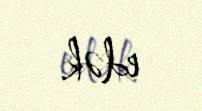
edək.